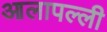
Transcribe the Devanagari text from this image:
आलापल्ली